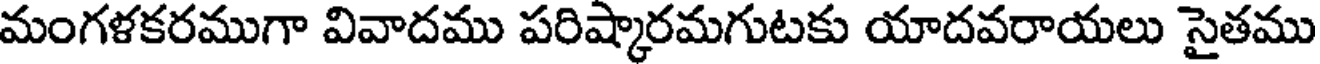
మంగళకరముగా వివాదము పరిష్కారమగుటకు యాదవరాయలు సైతము